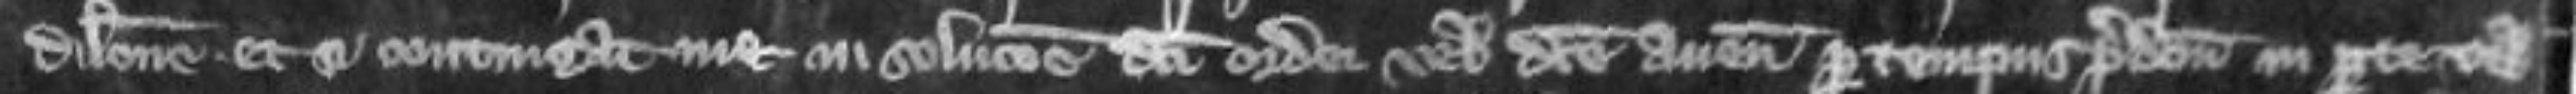
dilatione et si contingat me in solutione dicti ordei vel dicte avene per tempus predictum in parte vel